Account of plague administration in the Bombay Presidency from September 1896 till May 1897
Year: 1896
Disease focus: Plague
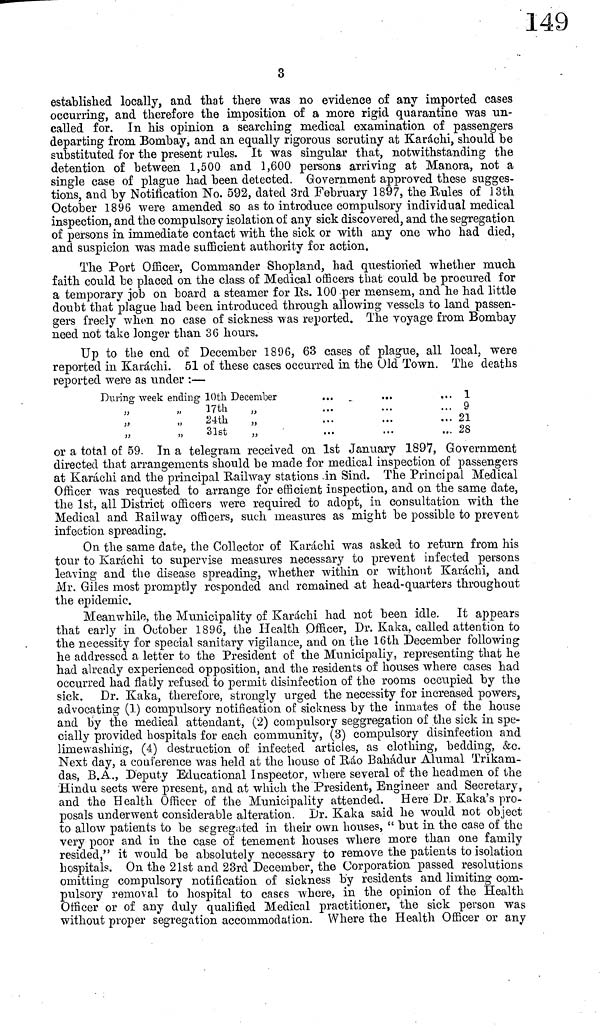
3
established locally, and that there was no evidence of any imported cases
occurring, and therefore the imposition of a more rigid quarantine was un-
called for. In his opinion a searching medical examination of passengers
departing from Bombay, and an equally rigorous scrutiny at Karachi, should be
substituted for the present rules. It was singular that, notwithstanding the
detention of between 1,500 and 1,600 persons arriving at Manora, not a
single case of plague had been detected. Government approved these sugges-
tions, and by Notification No. 592, dated 3rd February 1897, the Rules of 13th
October 1896 were amended so as to introduce compulsory individual medical
inspection, and the compulsory isolation of any sick discovered, and the segregation
of persons in immediate contact with the sick or with any one who had died,
and suspicion was made sufficient authority for action.
The Port Officer, Commander Shopland, had questioned whether much
faith could be placed on the class of Medical officers that could be procured for
a temporary job on board a steamer for Rs. 100 per mensem, and he had little
doubt that plague had been introduced through allowing vessels to land passen-
gers freely when no case of sickness was reported. The voyage from Bombay
need not take longer than 36 hours.
Up to the end of December 1896, 63 cases of plague, all local, were
reported in Karachi. 51 of these cases occurred in the Old Town. The deaths
reported were as under :—
During week ending 10th December
" " 17th "
" " 24th "
"
"
31st
"
... ... ... 1
...
...
... 9
... ... ... 21
... ... ... 28
or a total of 59. In a telegram received on 1st January 1897, Government
directed that arrangements should be made for medical inspection of passengers
at Karachi and the principal Railway stations in Sind. The Principal Medical
Officer was requested to arrange for efficient inspection, and on the same date,
the 1st, all District officers were required to adopt, in consultation with the
Medical and Railway officers, such measures as might be possible to prevent
infection spreading.
On the same date, the Collector of Karachi was asked to return from his
tour to Karachi to supervise measures necessary to prevent infected persons
leaving and the disease spreading, whether within or without Karachi, and
Mr. Giles most promptly responded and remained -at head-quarters throughout
the epidemic.
Meanwhile, the Municipality of Karachi had not been idle. It appears
that early in October 1896, the Health Officer, Dr. Kaka, called attention to
the necessity for special sanitary vigilance, and on the 16th December following
he addressed a letter to the President of the Municipally, representing that he
had already experienced opposition, and the residents of houses where cases had
occurred had flatly refused to permit disinfection of the rooms occupied by the
sick. Dr. Kaka, therefore, strongly urged the necessity for increased powers,
advocating (1) compulsory notification of sickness by the inmates of the house
and by the medical attendant, (2) compulsory seggregation of the sick in spe-
cially provided hospitals for each community, (3) compulsory disinfection and
limewashing, (4) destruction of infected articles, as clothing, bedding, &c.
Next day, a conference was held at the house of Ráo Bahádur Alumal Trikam-
das, B.A., Deputy Educational Inspector, where several of the headmen of the
Hindu sects were present, and at which the President, Engineer and Secretary,
and the Health Officer of the Municipality attended. Here Dr. Kaka's pro-
posals underwent considerable alteration. Dr. Kaka said he would not object
to allow patients to be segregated in their own houses, " but in the case of the
very poor and in the case of tenement houses where more than one family
resided," it would be absolutely necessary to remove the patients to isolation
hospitals. On the 21st and 23rd December, the Corporation passed resolutions
omitting compulsory notification of sickness by residents and limiting com-
pulsory removal to hospital to cases where, in the opinion of the Health
Officer or of any duly qualified Medical practitioner, the sick person was
without proper segregation accommodation. Where the Health Officer or any